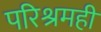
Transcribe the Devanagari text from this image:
परिश्रमही